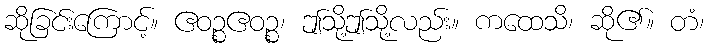
ဆိုခြင်းကြောင့်။ ဧဝဉ္စဧဝဉ္စ၊ ဤသို့ဤသို့လည်း။ ကထေသိ၊ ဆို၏။ တံ၊